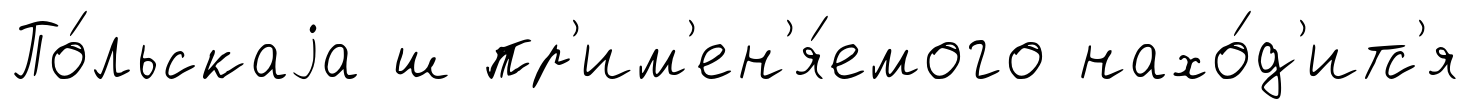
По́льскаjа ш пр'им'ен'я́емого нахо́д'итс'я